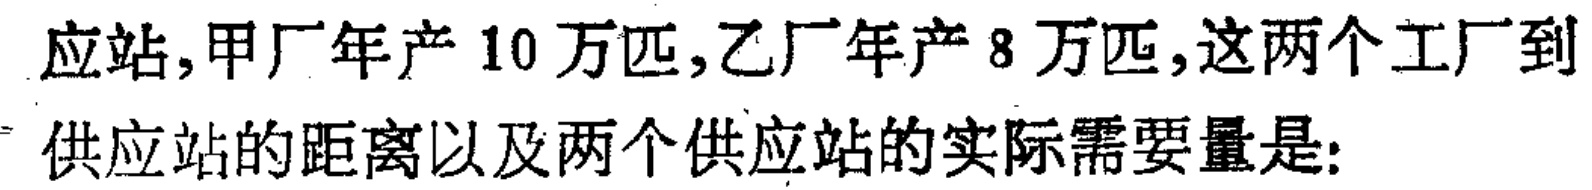
应站, 甲厂年产 10 万匹, 乙厂年产 8 万匹, 这两个工厂到

供应站的距离以及两个供应站的实际需要量是: